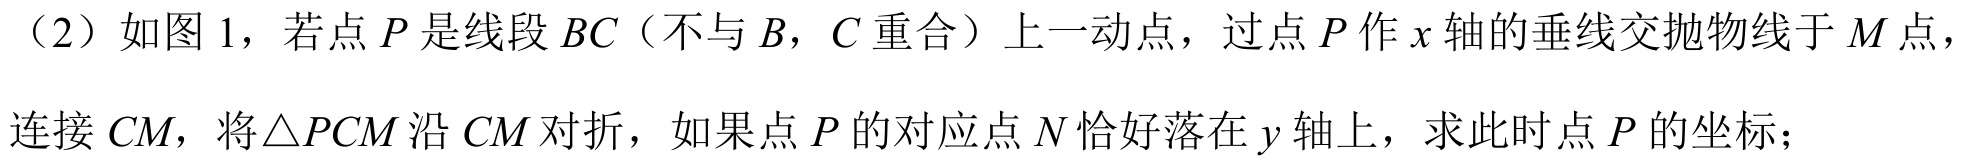
（2）如图 1，若点 \(P\) 是线段 \(BC\)（不与 \(B\)，\(C\) 重合）上一动点，过点 \(P\) 作 \(x\) 轴的垂线交抛物线于 \(M\) 点，连接 \(CM\)，将\(\triangle PCM\) 沿 \(CM\) 对折，如果点 \(P\) 的对应点 \(N\) 恰好落在 \(y\) 轴上，求此时点 \(P\) 的坐标；